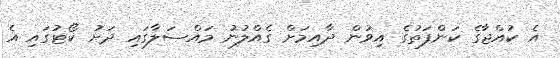
އެ ކުއްޖާގެ ކަންފަތުގެ އިވުން ދާއިމަށް ގެއްލުނު މައްސަލާގައި ދަށު ކޯޓުގައި އެ